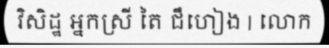
វិសិដ្ឋ អ្នកស្រី តៃ ជឹហៀង | លោក